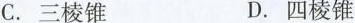
C.三棱锥 D.四棱锥